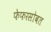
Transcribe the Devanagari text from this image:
फेफरसोबत